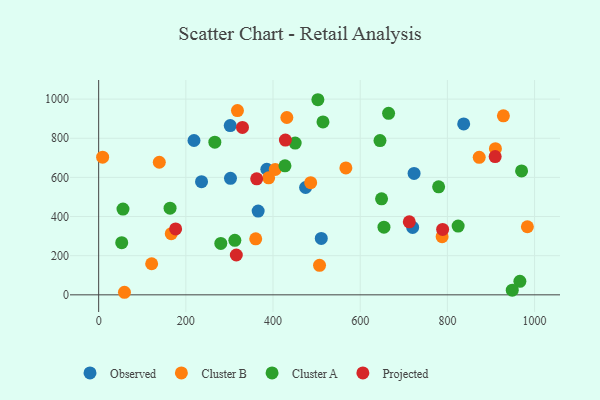
{"axis": {"x": "Distance", "y": "Exam Score"}, "legend": ["Cluster A", "Cluster B", "Observed", "Projected"], "data": [{"x": "218.7", "y": 788.4, "type": "Observed"}, {"x": "301.8", "y": 864.8, "type": "Observed"}, {"x": "510.7", "y": 288.3, "type": "Observed"}, {"x": "720.3", "y": 344.5, "type": "Observed"}, {"x": "385.8", "y": 641.6, "type": "Observed"}, {"x": "474.7", "y": 548.5, "type": "Observed"}, {"x": "723.6", "y": 620.3, "type": "Observed"}, {"x": "837.4", "y": 873.0, "type": "Observed"}, {"x": "365.9", "y": 428.0, "type": "Observed"}, {"x": "302.4", "y": 595.4, "type": "Observed"}, {"x": "236.0", "y": 578.0, "type": "Observed"}, {"x": "506.7", "y": 150.9, "type": "Cluster B"}, {"x": "9.1", "y": 703.3, "type": "Cluster B"}, {"x": "390.0", "y": 597.6, "type": "Cluster B"}, {"x": "486.4", "y": 573.0, "type": "Cluster B"}, {"x": "787.9", "y": 297.3, "type": "Cluster B"}, {"x": "873.0", "y": 702.5, "type": "Cluster B"}, {"x": "360.3", "y": 286.4, "type": "Cluster B"}, {"x": "928.5", "y": 914.4, "type": "Cluster B"}, {"x": "431.7", "y": 905.9, "type": "Cluster B"}, {"x": "567.1", "y": 648.6, "type": "Cluster B"}, {"x": "121.6", "y": 158.9, "type": "Cluster B"}, {"x": "983.5", "y": 347.8, "type": "Cluster B"}, {"x": "59.2", "y": 13.1, "type": "Cluster B"}, {"x": "910.2", "y": 746.8, "type": "Cluster B"}, {"x": "405.1", "y": 640.8, "type": "Cluster B"}, {"x": "318.4", "y": 941.4, "type": "Cluster B"}, {"x": "139.1", "y": 677.4, "type": "Cluster B"}, {"x": "166.6", "y": 312.6, "type": "Cluster B"}, {"x": "966.3", "y": 68.9, "type": "Cluster A"}, {"x": "514.6", "y": 883.3, "type": "Cluster A"}, {"x": "779.9", "y": 551.8, "type": "Cluster A"}, {"x": "52.9", "y": 266.5, "type": "Cluster A"}, {"x": "55.8", "y": 438.3, "type": "Cluster A"}, {"x": "502.9", "y": 996.8, "type": "Cluster A"}, {"x": "163.8", "y": 442.7, "type": "Cluster A"}, {"x": "654.5", "y": 345.6, "type": "Cluster A"}, {"x": "280.2", "y": 262.8, "type": "Cluster A"}, {"x": "266.5", "y": 779.7, "type": "Cluster A"}, {"x": "649.0", "y": 490.6, "type": "Cluster A"}, {"x": "665.1", "y": 927.3, "type": "Cluster A"}, {"x": "450.8", "y": 775.4, "type": "Cluster A"}, {"x": "312.4", "y": 278.4, "type": "Cluster A"}, {"x": "824.7", "y": 351.1, "type": "Cluster A"}, {"x": "645.4", "y": 788.1, "type": "Cluster A"}, {"x": "948.8", "y": 24.0, "type": "Cluster A"}, {"x": "970.2", "y": 633.0, "type": "Cluster A"}, {"x": "427.4", "y": 659.0, "type": "Cluster A"}, {"x": "909.6", "y": 706.3, "type": "Projected"}, {"x": "428.4", "y": 790.5, "type": "Projected"}, {"x": "712.6", "y": 372.8, "type": "Projected"}, {"x": "362.5", "y": 592.6, "type": "Projected"}, {"x": "315.8", "y": 203.5, "type": "Projected"}, {"x": "789.1", "y": 334.1, "type": "Projected"}, {"x": "329.9", "y": 855.2, "type": "Projected"}, {"x": "176.6", "y": 336.6, "type": "Projected"}]}